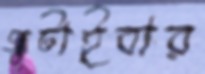
গুটাইবার